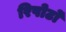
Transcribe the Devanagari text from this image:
रिपोर्टाें